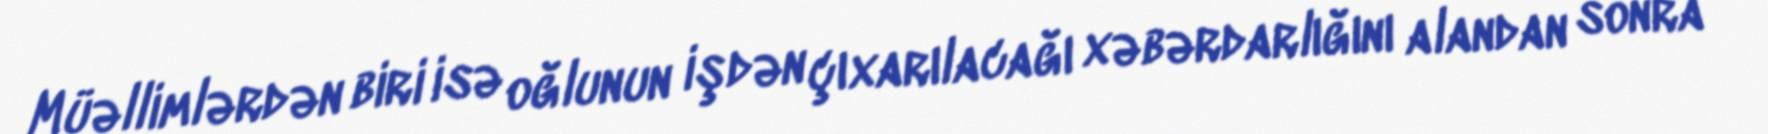
Müəllimlərdən biri isə oğlunun işdən çıxarılacağı xəbərdarlığını alandan sonra